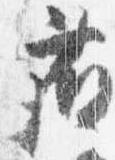
藤